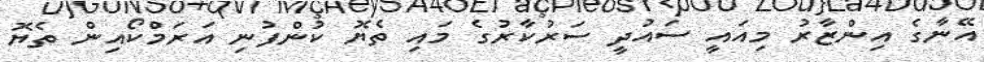
އޭނާގެ އިންޒާރު މިއައީ ސައުދީ ސަރުކާރުގެ މައި ތެޔޮ ކުންފުނި އަރަމްކޯއިން ތެޔޮ